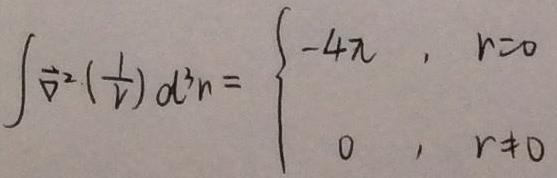
\[ \int \vec{\nabla}^2 \left( \frac{1}{r} \right) d^3 r = \begin{cases} -4\pi &, r = 0 \\ 0 &, r \neq 0 \end{cases} \]